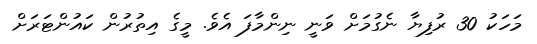
މަހަކު 30 ރުފިޔާ ނެގުމަށް ވަނީ ނިންމާފަ އެވެ. މީގެ އިތުރުން ކައުންޓަރަށް